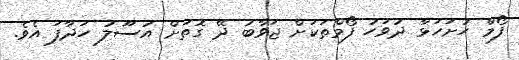
ފޯމް ހުށަހަޅާ ދުވަހު ފޯމްތަކަށް ޖަވާބު ދޭ ގޮތަށް އުސޫލު ހަދާފަ އެވެ.